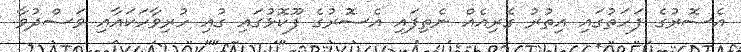
އެސޮރުގެ ފަހަތުގައި އިތުރު ގެރިއެއް ނެތިފައި އެސޮރުގެ ފޫކޮޅުގައި ގުއި ހުރިވާހަކައާއި ވަސްދުވާ